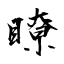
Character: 瞭